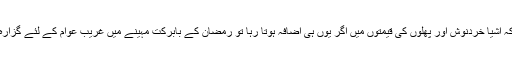
یہاں یہ بات قابل غور ہے کہ اشیا خردنوش اور پھلوں کی قیمتوں میں اگر یوں ہی اضافہ ہوتا رہا تو رمضان کے بابرکت مہینے میں غریب عوام کے لئے گزارہ کرنا نا ممکن ہو جائے گا۔